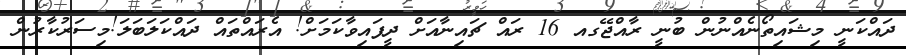
ދައްކަނީ މިޝައިތޯނެއްނުން ބުނީ ރާއްޖޭގއ 16 ރައް ޗައިނާއަށް ދީފައިވާކަމަށް! އެރައްތައް ދައްކަލަބަލަ!މިސަރުކާރުން